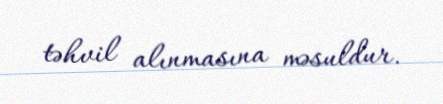
təhvil alınmasına məsuldur.